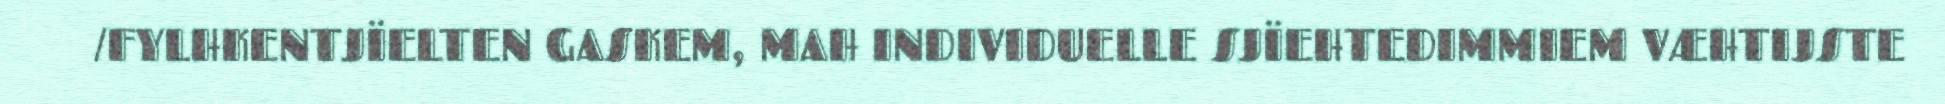
/FYLHKENTJÏELTEN GASKEM, MAH INDIVIDUELLE SJÏEHTEDIMMIEM VÆHTIJSTE